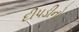
દીપડીનો